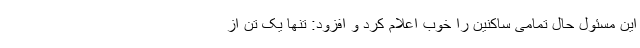
این مسئول حال تمامی ساکنین را خوب اعلام کرد و افزود: تنها یک تن از